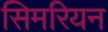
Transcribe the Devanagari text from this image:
सिमरियन